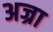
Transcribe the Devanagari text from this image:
अज्रा